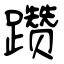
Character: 躜